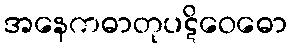
အနေကဓာတုပဋိဝေဓော